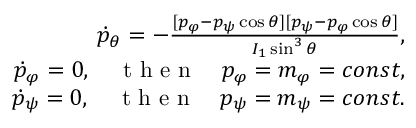
\begin{array} { r } { \dot { p } _ { \theta } = - \frac { [ p _ { \varphi } - p _ { \psi } \cos \theta ] [ p _ { \psi } - p _ { \varphi } \cos \theta ] } { I _ { 1 } \sin ^ { 3 } \theta } , } \\ { \dot { p } _ { \varphi } = 0 , \quad \mathrm { ~ t ~ h ~ e ~ n ~ } \quad p _ { \varphi } = m _ { \varphi } = c o n s t , } \\ { \dot { p } _ { \psi } = 0 , \quad \mathrm { ~ t ~ h ~ e ~ n ~ } \quad p _ { \psi } = m _ { \psi } = c o n s t . } \end{array}